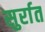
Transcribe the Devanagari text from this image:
सुर्रात